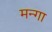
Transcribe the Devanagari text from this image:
मन्गा